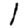
Digit: 1